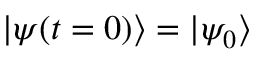
| \psi ( t = 0 ) \rangle = | \psi _ { 0 } \rangle